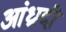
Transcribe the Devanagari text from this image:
आंध्रादी